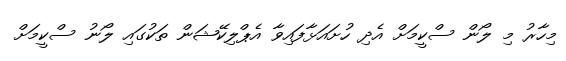
މިހާރު މި ލޯން ސްކީމަށް އެދި ހުށައަޅާފައިވާ އެޕްލިކޭޝަން ތަކުގައި ލޯނު ސްކީމަށް